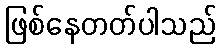
ဖြစ်နေတတ်ပါသည်